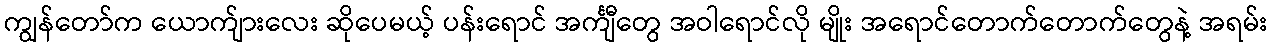
ကျွန်တော်က ယောက်ျားလေး ဆိုပေမယ့် ပန်းရောင် အင်္ကျီတွေ အဝါရောင်လို မျိုး အရောင်တောက်တောက်တွေနဲ့ အရမ်း